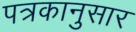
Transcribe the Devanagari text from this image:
पत्रकानुसार